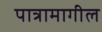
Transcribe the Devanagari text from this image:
पात्रामागील